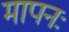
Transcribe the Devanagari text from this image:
मापनः